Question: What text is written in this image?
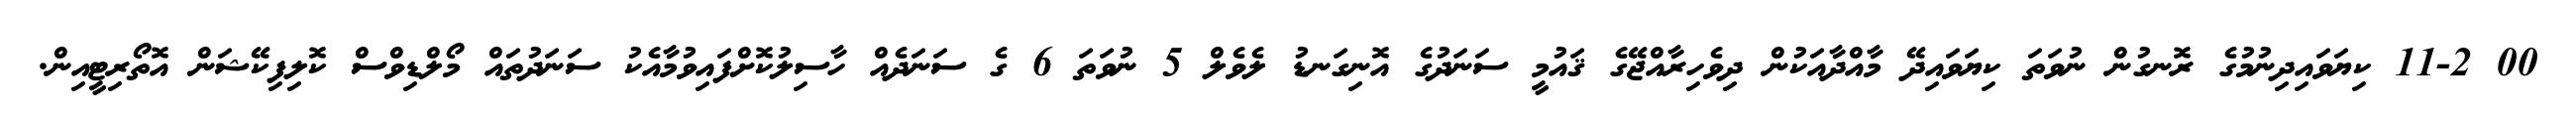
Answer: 00 11-2 ކިޔަވައިދިނުމުގެ ރޮނގުން ނުވަތަ ކިޔަވައިދޭ މާއްދާއަކުން ދިވެހިރާއްޖޭގެ ޤައުމީ ސަނަދުގެ އޮނިގަނޑު ލެވެލް 5 ނުވަތަ 6 ގެ ސަނަދެއް ހާސިލުކޮށްފައިވުމާއެކު ސަނަދުތައް މޯލްޑިވްސް ކޮލިފިކޭޝަން އޮތޯރިޓީއިން.